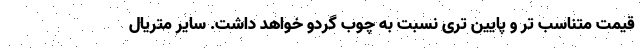
قیمت متناسب تر و پایین تری نسبت به چوب گردو خواهد داشت. سایر متریال